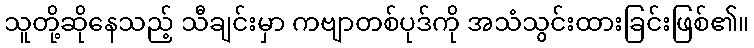
သူတို့ဆိုနေသည့် သီချင်းမှာ ကဗျာတစ်ပုဒ်ကို အသံသွင်းထားခြင်းဖြစ်၏။